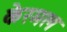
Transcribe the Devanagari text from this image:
केरमल